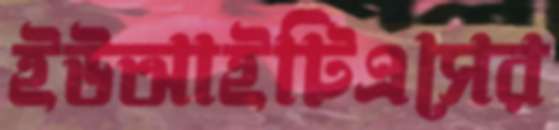
ইউআইটিএসের